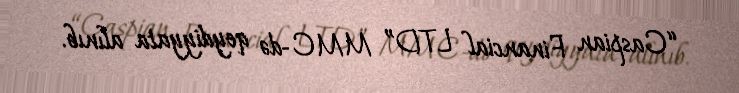
“Caspian Financial LTD” MMC-də qeydiyyata alınıb.